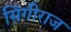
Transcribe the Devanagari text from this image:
सिंगीराज